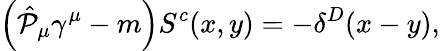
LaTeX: \left(\hat{{\cal P}}_{\mu}\gamma^{\mu}-m\right)S^{c}(x,y)=-\delta^{D}(x-y),